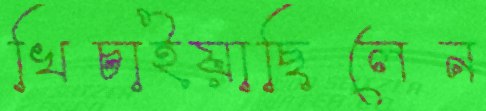
খিচাইয়াছিলেন